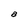
Character: a